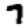
Digit: 7